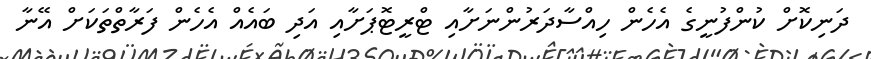
ދަނިކޮށް ކުންފުނީގެ އެހެން ހިއްސާދަރުންނަށާއި ޓްރީޓޮޕަށާއި އަދި ބައެއް އެހެން ފަރާތްތަކަށް އޭނާ